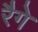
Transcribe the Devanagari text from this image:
रैगे